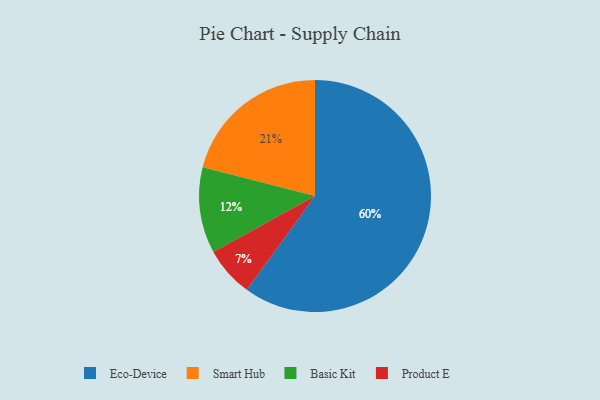
{"axis": {"x": "Category", "y": "Percentage"}, "legend": ["Basic Kit", "Eco-Device", "Product E", "Smart Hub"], "data": [{"x": "Product E", "y": 7, "type": "Product E"}, {"x": "Basic Kit", "y": 12, "type": "Basic Kit"}, {"x": "Eco-Device", "y": 60, "type": "Eco-Device"}, {"x": "Smart Hub", "y": 21, "type": "Smart Hub"}]}